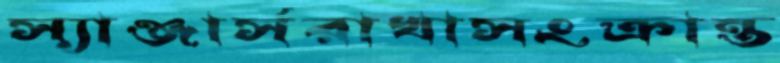
স্যাঞ্জার্সরাখাসংক্রান্ত